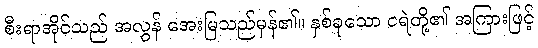
စီးရာအိုင်သည် အလွန် အေးမြသည်မှန်၏။ နှစ်ခုသော ငရဲတို့၏ အကြားဖြင့်